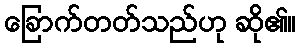
ခြောက်တတ်သည်ဟု ဆို၏။